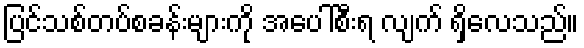
ပြင်သစ်တပ်စခန်းများကို အပေါ်စီးရ လျက် ရှိလေသည်။